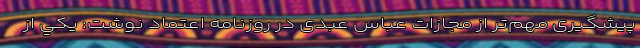
پیشگیری مهم‌تر از مجازات عباس عبدی در روزنامه اعتماد نوشت: يكي از